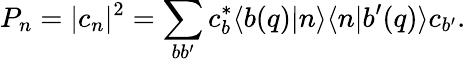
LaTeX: P_{n}=|c_{n}|^{2}=\sum_{bb^{\prime}}c_{b}^{*}\langle b(q)|n\rangle\langle n|b^{\prime}(q)\rangle c_{b^{\prime}}.